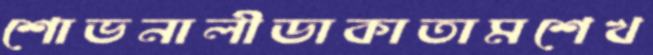
শোভনালীডাকাতামশেখ